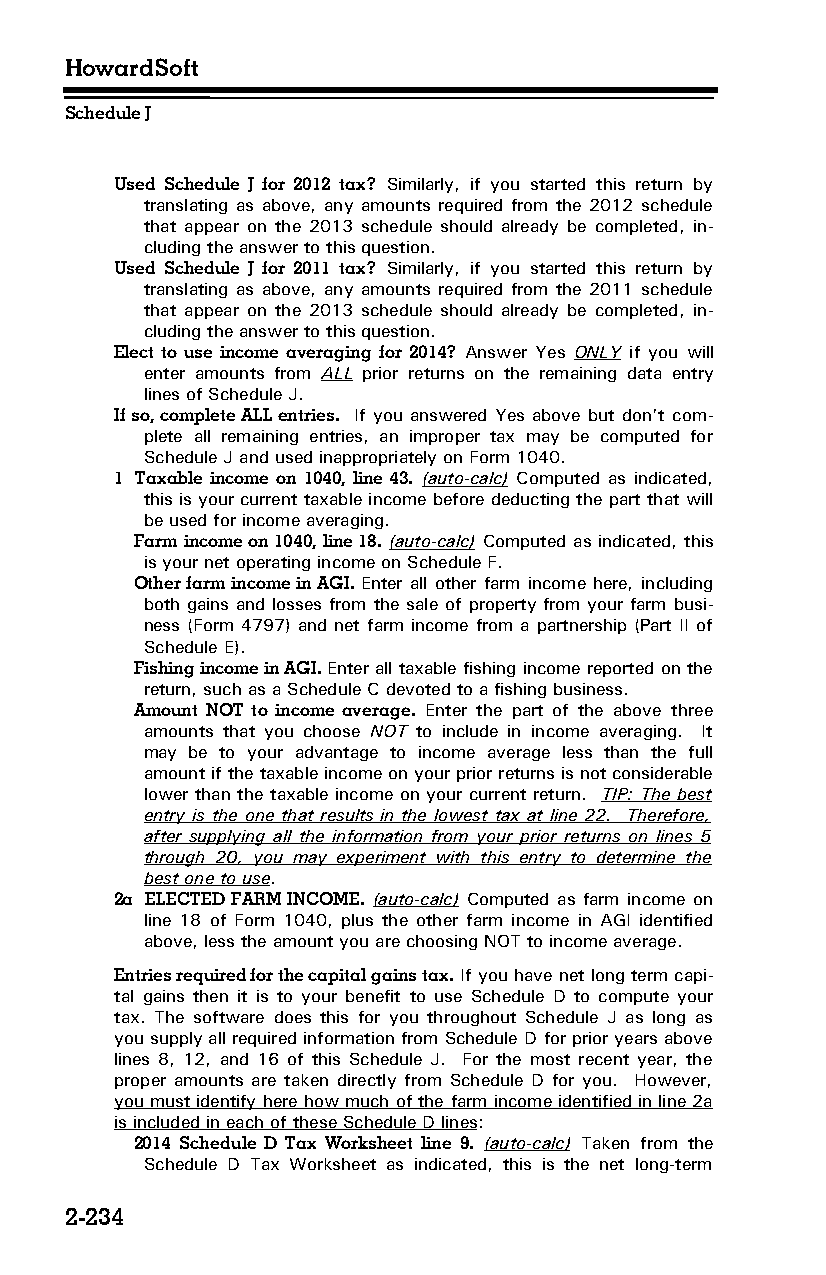
HowardSoft
 Schedule J
 Used Schedule J for 2012 tax? Similarly, if you started this return by
 translating as above, any amounts required from the 2012 schedule
 that appear on the 2013 schedule should already be completed, in­
 cluding the answer to this question.
 Used Schedule J for 2011 tax? Similarly, if you started this return by
 translating as above, any amounts required from the 2011 schedule
 that appear on the 2013 schedule should already be completed, in­
 cluding the answer to this question.
 Elect to use income averaging for 2014? Answer Yes ONLY if you will
 enter amounts from ALL prior returns on the remaining data entry
 lines of Schedule J.
 If so, complete ALL entries. If you answered Yes above but don’t com­
 plete all remaining entries, an improper tax may be computed for
 Schedule J and used inappropriately on Form 1040.
 1 Taxable income on 1040, line 43. (auto-calc) Computed as indicated,
 this is your current taxable income before deducting the part that will
 be used for income averaging.
 Farm income on 1040, line 18. (auto-calc) Computed as indicated, this
 is your net operating income on Schedule F.
 Other farm income in AGI. Enter all other farm income here, including
 both gains and losses from the sale of property from your farm busi­
 ness (Form 4797) and net farm income from a partnership (Part II of
 Schedule E).
 Fishing income in AGI. Enter all taxable fishing income reported on the
 return, such as a Schedule C devoted to a fishing business.
 Amount NOT to income average. Enter the part of the above three
 amounts that you choose NOT to include in income averaging. It
 may be to your advantage to income average less than the full
 amount if the taxable income on your prior returns is not considerable
 lower than the taxable income on your current return. TIP: The best
 entry is the one that results in the lowest tax at line 22. Therefore,
 after supplying all the information from your prior returns on lines 5
 through 20, you may experiment with this entry to determine the
 best one to use.
 2a ELECTED FARM INCOME. (auto-calc) Computed as farm income on
 line 18 of Form 1040, plus the other farm income in AGI identified
 above, less the amount you are choosing NOT to income average.
 Entries required for the capital gains tax. If you have net long term capi­
 tal gains then it is to your benefit to use Schedule D to compute your
 tax. The software does this for you throughout Schedule J as long as
 you supply all required information from Schedule D for prior years above
 lines 8, 12, and 16 of this Schedule J. For the most recent year, the
 proper amounts are taken directly from Schedule D for you. However,
 you must identify here how much of the farm income identified in line 2a
 is included in each of these Schedule D lines:
 2014 Schedule D Tax Worksheet line 9. (auto-calc) Taken from the
 Schedule D Tax Worksheet as indicated, this is the net long-term
 2-234